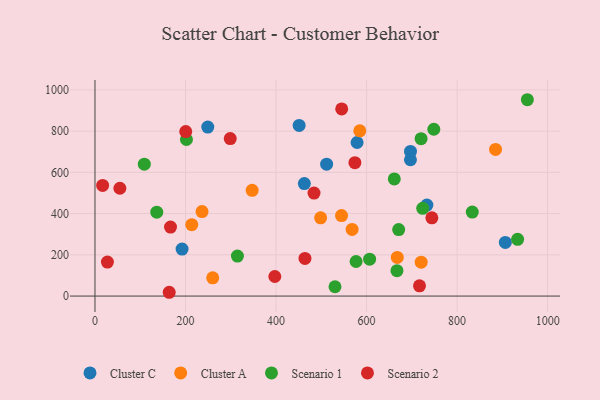
{"axis": {"x": "Engine Size", "y": "Rating"}, "legend": ["Cluster A", "Cluster C", "Scenario 1", "Scenario 2"], "data": [{"x": "579.0", "y": 744.7, "type": "Cluster C"}, {"x": "697.0", "y": 701.5, "type": "Cluster C"}, {"x": "192.4", "y": 227.7, "type": "Cluster C"}, {"x": "249.2", "y": 819.6, "type": "Cluster C"}, {"x": "906.5", "y": 260.3, "type": "Cluster C"}, {"x": "451.0", "y": 827.5, "type": "Cluster C"}, {"x": "696.9", "y": 661.0, "type": "Cluster C"}, {"x": "462.5", "y": 545.5, "type": "Cluster C"}, {"x": "511.7", "y": 639.5, "type": "Cluster C"}, {"x": "733.2", "y": 441.1, "type": "Cluster C"}, {"x": "498.5", "y": 379.6, "type": "Cluster A"}, {"x": "236.5", "y": 409.8, "type": "Cluster A"}, {"x": "585.0", "y": 801.4, "type": "Cluster A"}, {"x": "884.9", "y": 711.1, "type": "Cluster A"}, {"x": "720.6", "y": 164.2, "type": "Cluster A"}, {"x": "347.2", "y": 512.9, "type": "Cluster A"}, {"x": "568.0", "y": 323.1, "type": "Cluster A"}, {"x": "667.8", "y": 187.3, "type": "Cluster A"}, {"x": "544.7", "y": 390.5, "type": "Cluster A"}, {"x": "213.8", "y": 346.1, "type": "Cluster A"}, {"x": "260.1", "y": 88.5, "type": "Cluster A"}, {"x": "314.7", "y": 194.1, "type": "Scenario 1"}, {"x": "933.6", "y": 275.4, "type": "Scenario 1"}, {"x": "833.5", "y": 407.3, "type": "Scenario 1"}, {"x": "109.0", "y": 639.4, "type": "Scenario 1"}, {"x": "606.7", "y": 178.7, "type": "Scenario 1"}, {"x": "670.9", "y": 322.4, "type": "Scenario 1"}, {"x": "530.2", "y": 45.2, "type": "Scenario 1"}, {"x": "724.0", "y": 425.6, "type": "Scenario 1"}, {"x": "955.2", "y": 952.2, "type": "Scenario 1"}, {"x": "748.5", "y": 808.9, "type": "Scenario 1"}, {"x": "720.4", "y": 763.2, "type": "Scenario 1"}, {"x": "136.5", "y": 406.8, "type": "Scenario 1"}, {"x": "202.1", "y": 759.3, "type": "Scenario 1"}, {"x": "667.1", "y": 123.1, "type": "Scenario 1"}, {"x": "576.8", "y": 167.6, "type": "Scenario 1"}, {"x": "661.2", "y": 568.3, "type": "Scenario 1"}, {"x": "200.5", "y": 797.8, "type": "Scenario 2"}, {"x": "483.9", "y": 499.6, "type": "Scenario 2"}, {"x": "545.0", "y": 907.4, "type": "Scenario 2"}, {"x": "716.9", "y": 49.5, "type": "Scenario 2"}, {"x": "463.9", "y": 182.8, "type": "Scenario 2"}, {"x": "27.5", "y": 164.9, "type": "Scenario 2"}, {"x": "164.0", "y": 18.4, "type": "Scenario 2"}, {"x": "55.0", "y": 522.9, "type": "Scenario 2"}, {"x": "574.2", "y": 647.1, "type": "Scenario 2"}, {"x": "744.2", "y": 379.4, "type": "Scenario 2"}, {"x": "298.8", "y": 764.0, "type": "Scenario 2"}, {"x": "16.9", "y": 536.4, "type": "Scenario 2"}, {"x": "397.3", "y": 94.9, "type": "Scenario 2"}, {"x": "166.9", "y": 334.8, "type": "Scenario 2"}]}